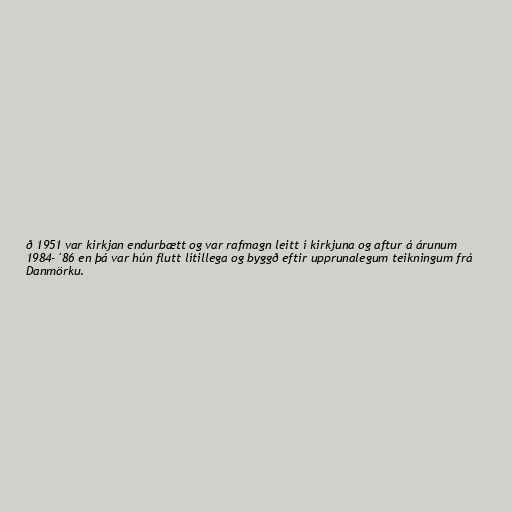
ð 1951 var kirkjan endurbætt og var rafmagn leitt í kirkjuna og aftur á árunum
1984-´86 en þá var hún flutt lítillega og byggð eftir upprunalegum teikningum frá
Danmörku.